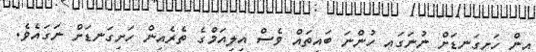
އިން ހަށިގަނޑަށް ނުނަގައި ހުންނަ ބައިތައް ވެސް އިލިއަމްގެ ތެރެއިން ހަށިގަނޑަށް ނަގައެވެ.